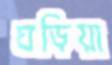
ঘড়িয়া